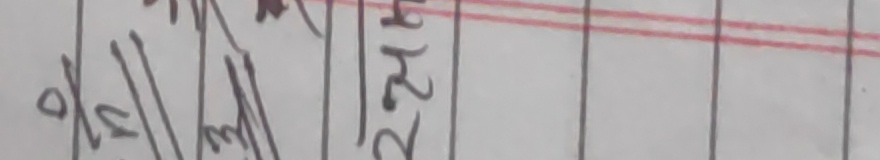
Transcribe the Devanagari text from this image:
०५।३२।२५hr